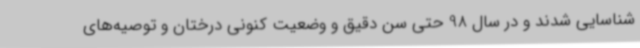
شناسایی شدند و در سال 98 حتی سن دقیق و وضعیت کنونی درختان و توصیه‌های